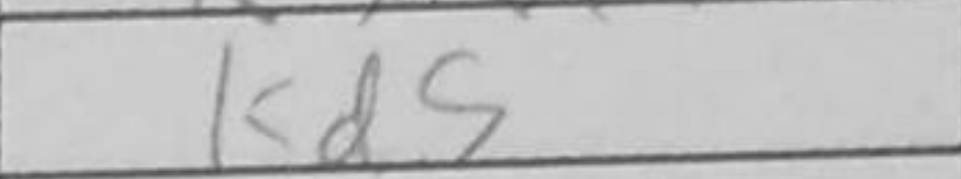
Transcription: Bd5